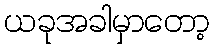
ယခုအခါမှာတော့